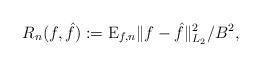
LaTeX: \begin{align*}R_{n}(f,\hat{f}):= \mathrm{E}_{f,n}\| f - \hat{f} \|^2_{L_2}/ B^2,\end{align*}